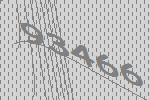
93466